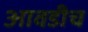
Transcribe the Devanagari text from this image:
आवडीच